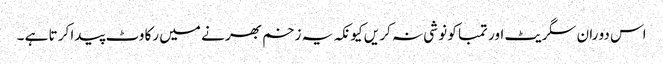
اس دو ران سگر یٹ اور تمبا کو نو شی نہ کر یں کیو نکہ یہ زخم بھر نے میں رکا وٹ پیدا کر تا ہے ۔